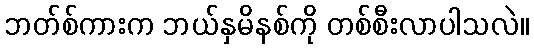
ဘတ်စ်ကားက ဘယ်နှမိနစ်ကို တစ်စီးလာပါသလဲ။